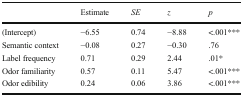
<table><thead><tr><td></td><td><b>Estimate</b></td><td><b><i>SE</i></b></td><td><b><i>z</i></b></td><td><b><i>p</i></b></td></tr></thead><tbody><tr><td>(Intercept)</td><td>−6.55</td><td>0.74</td><td>−8.88</td><td>&lt;.001***</td></tr><tr><td>Semantic context</td><td>−0.08</td><td>0.27</td><td>−0.30</td><td>.76</td></tr><tr><td>Label frequency</td><td>0.71</td><td>0.29</td><td>2.44</td><td>.01*</td></tr><tr><td>Odor familiarity</td><td>0.57</td><td>0.11</td><td>5.47</td><td>&lt;.001***</td></tr><tr><td>Odor edibility</td><td>0.24</td><td>0.06</td><td>3.86</td><td>&lt;.001***</td></tr></tbody></table>